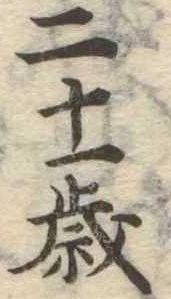
二十一歳